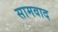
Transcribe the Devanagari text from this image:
सामवाद